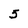
Character: 5